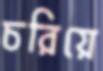
চরিয়ে